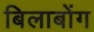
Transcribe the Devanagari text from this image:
बिलाबोंग